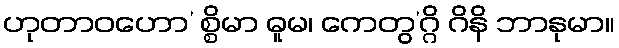
ဟုတာဝဟော’ စ္စိမာ ဓူမ၊ ကေတွ’ဂ္ဂိ ဂိနိ ဘာနုမာ။